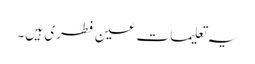
یہ تعلیمات عین فطری ہیں۔